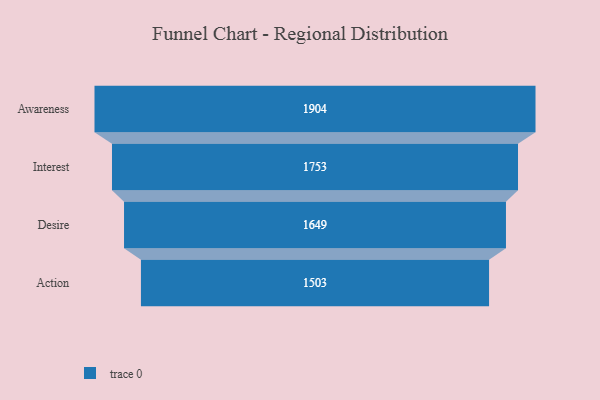
{"axis": {"x": "Stage", "y": "Value"}, "legend": [""], "data": [{"x": "Awareness", "y": 1904.0, "type": ""}, {"x": "Interest", "y": 1753.0, "type": ""}, {"x": "Desire", "y": 1649.0, "type": ""}, {"x": "Action", "y": 1503.0, "type": ""}]}